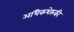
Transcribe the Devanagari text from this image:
अधिकशेरुकी